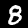
Digit: 8